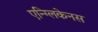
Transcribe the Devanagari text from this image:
एन्ग्लिकेनस